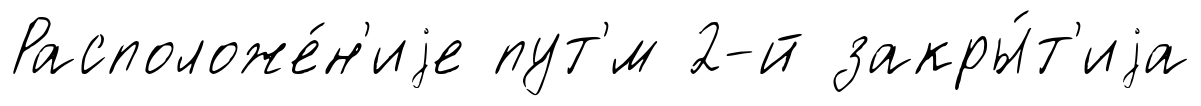
Расположе́н'иjе пут'́м 2-й закры́т'иjа